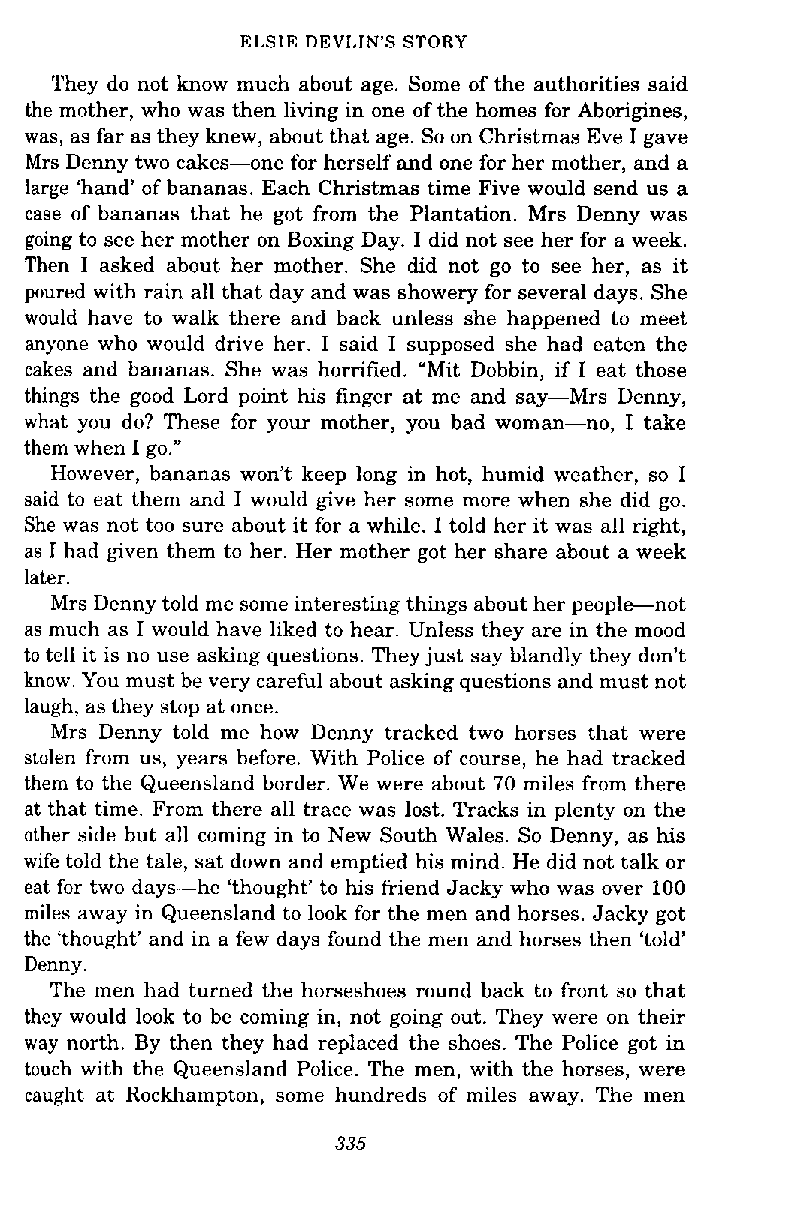
ELSIE DEVLIN'S STORY
 They do not know much about age. Some of the authorities said
 the mother, who was then living in one of the homes for Aborigines,
 was, as far as they knew, about that age. So on Christmas Eve I gave
 Mrs Denny two cakes-one for herself and one for her mother, and a
 large 'hand' of bananas. Each Christmas time Five would send us a
 ease of bananas that he got from the Plantation. Mrs Denny was
 going to see her mother on Boxing Day. I did not see her for a week.
 Then I asked about her mother. She did not go to see her, as it
 poured with rain all that day and was showery for several days. She
 would have to walk there and back unless she happened to meet
 anyone who would drive her. I said I supposed she had eaten the
 cakes and bananas. She was horrified. "Mit Dobbin, if I eat those
 things the good Lord point his finger at me and say-Mrs Denny,
 what you do? These for your mother, you bad woman-no, I take
 them when I go."
 However, bananas won't keep long in hot, humid weather, so I
 said to eat them and I would give her some more when she did go.
 She was not too sure about it for a while. I told her it was all right,
 as I had given them to her. Her mother got her share about a week
 later.
 Mrs Denny told me some interesting things about her people-not
 as much as I would have liked to hear. Unless they are in the mood
 to tell it is no use asking questions. They just say blandly they don't
 know. You must be very careful about asking questions and must not
 laugh, as they stop at once.
 Mrs Denny told me how Denny tracked two horses that were
 stolen from us, years before. With Police of course, he had tracked
 them to the Queensland border. We were about 70 miles from there
 at that time. From there all trace was lost. Tracks in plenty on the
 other side but all coming in to New South Wales. So Denny, as his
 wife told the tale, sat down and emptied his mind. He did not talk or
 eat for two days-he 'thought' to his friend Jacky who was over 100
 miles away in Queensland to look for the men and horses. Jacky got
 the 'thought' and in a few days found the men and horses then 'told'
 Denny.
 The men had turned the horseshoes round back to front so that
 they would look to be coming in, not going out. They were on their
 way north. By then they had replaced the shoes. The Police got in
 touch with the Queensland Police. The men, with the horses, were
 caught at Rockhampton, some hundreds of miles away. The men